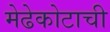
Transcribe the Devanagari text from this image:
मेढेकोटाची